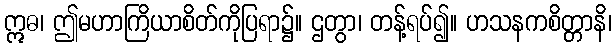
ဣဓ၊ ဤမဟာကြိယာစိတ်ကိုပြရာ၌။ ဌတွာ၊ တန့်ရပ်၍။ ဟသနကစိတ္တာနိ၊